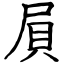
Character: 屓